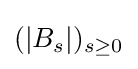
(|B_{s}|)_{s\geq 0}